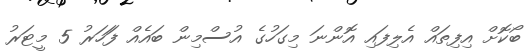
ބޯކޮށް އިފިތައް އެލިފައި އޮންނަ މިގަހުގެ އުސްމިން ބައެއް ފަަހަރު 5 މީޓަރު